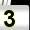
Digit: 3